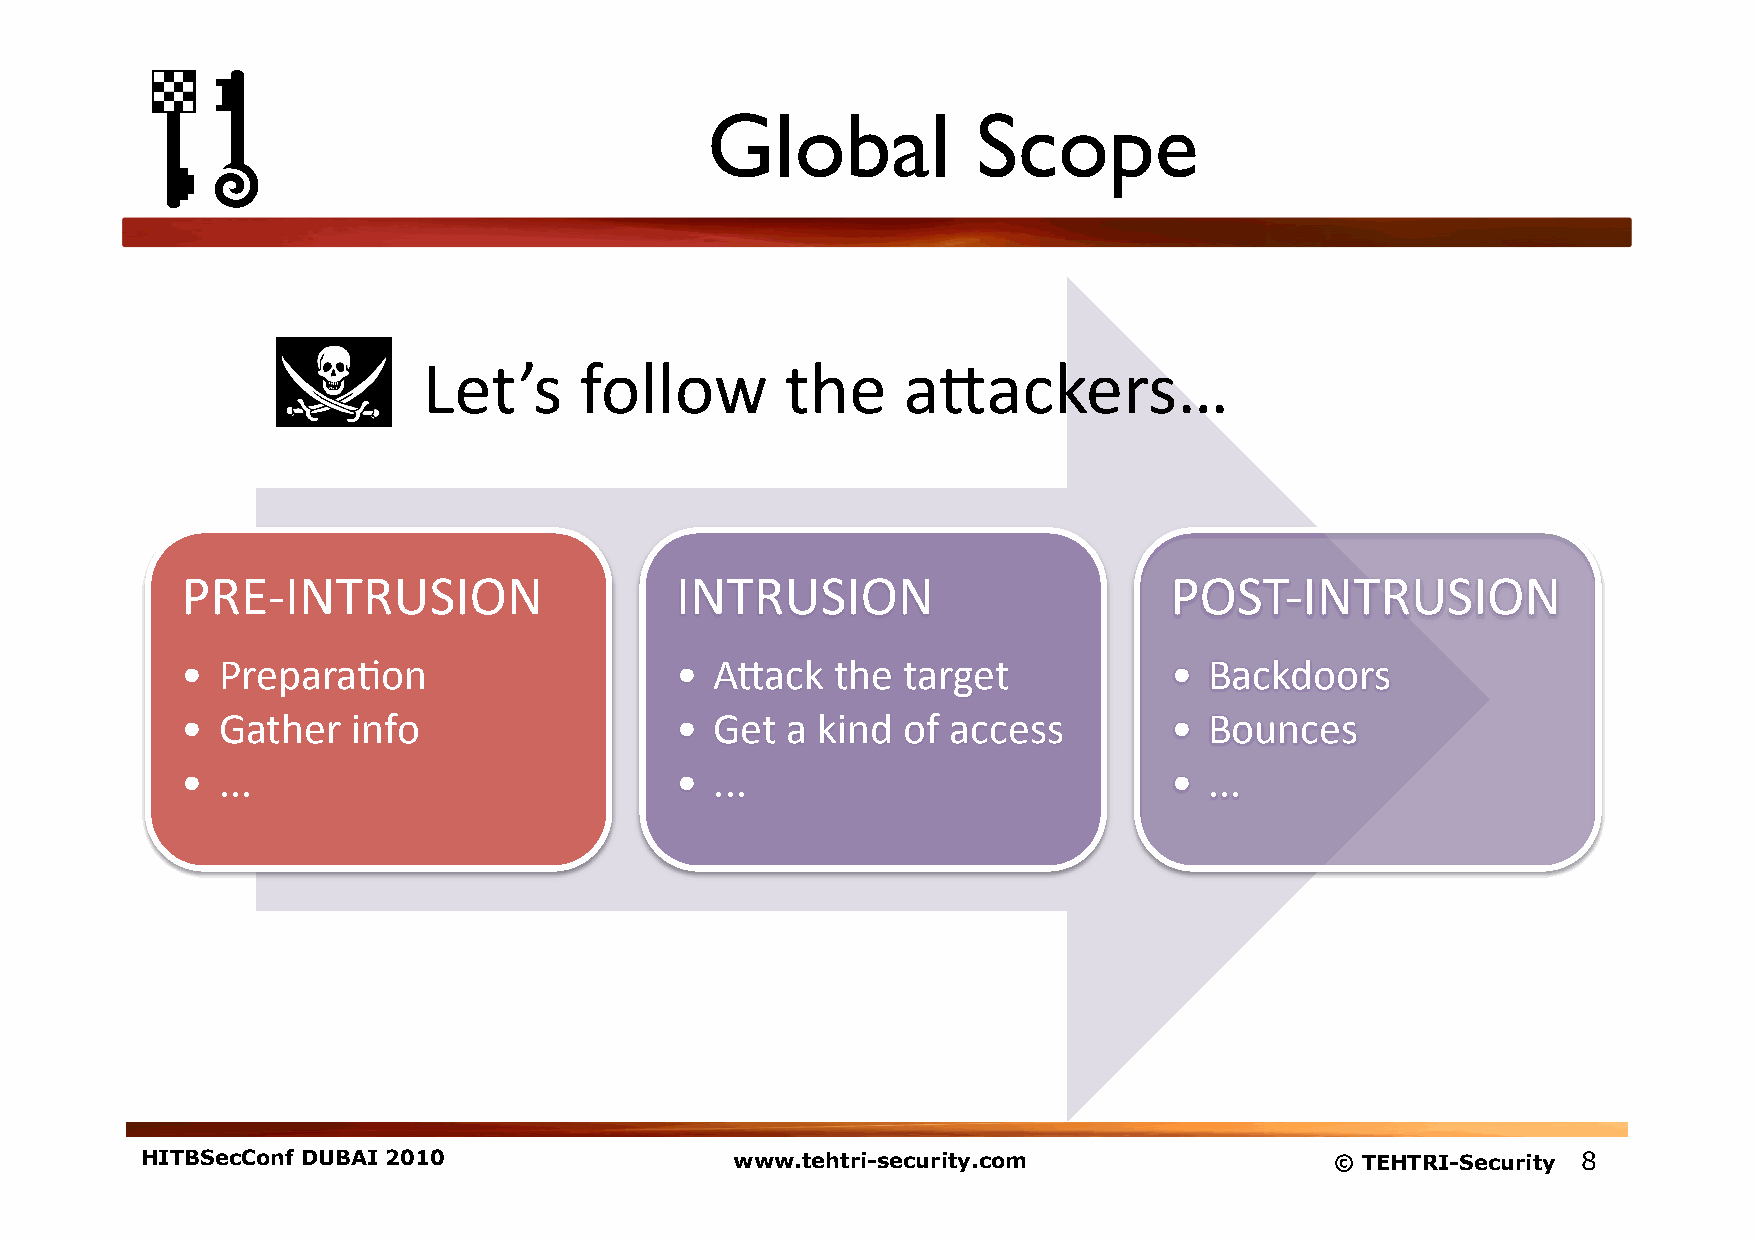
Global            Scope
 Let’s     follow        the     a;ackers…
 PRE-­‐INTRUSION                  INTRUSION                       POST-­‐INTRUSION
 • Prepara1on                     • A;ack   the  target           •  Backdoors
 • Gather   info                  • Get  a kind  of access        •  Bounces
 • ...                            • ...                           •  ...
 HITBSecConf DUBAI 2010                  www.tehtri-security.com                © TEHTRI-Security 8